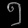
Digit: ၅